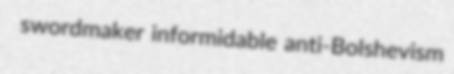
swordmaker informidable anti-Bolshevism